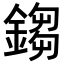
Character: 𨪕